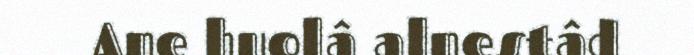
Ane huolâ alnestâd